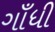
ગાઁધી